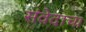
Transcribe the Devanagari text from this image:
संवेदाचा